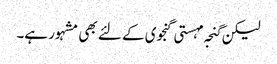
لیکن گنجہ مہستی گنجوی کے لئے بھی مشہور ہے۔